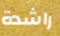
راشدة